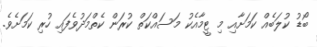
ބޯޑު ކުލަބެއް ކަމަށާއި މި ޓީމާއެކު މަސައްކަތް ކުރަން ކެތްމަދުވެފައި ހުރި ކަމަށެވެ.